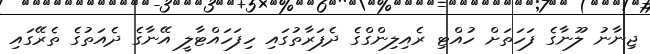
ޖިނާނު ލޫނާގެ ފަހަތަށް ހުއްޓި ރެއިލިންގްގެ ދެފަރާތުގައި ހިފަހައްޓާލީ އޭނާގެ ދެއަތުގެ ތެރޭގައި